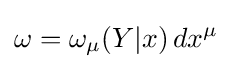
\omega =\omega _{\mu }(Y|x)\,dx^{\mu }